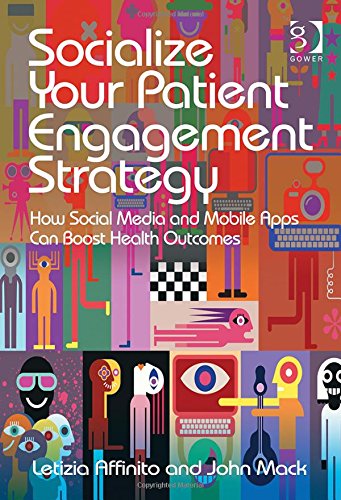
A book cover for Socialize Your Patient Engagement Strategy: How Social Media and Mobile Apps Can Boost Health Outcomes; Letizia Affinito; Business & Money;